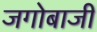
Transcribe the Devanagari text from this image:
जगोबाजी